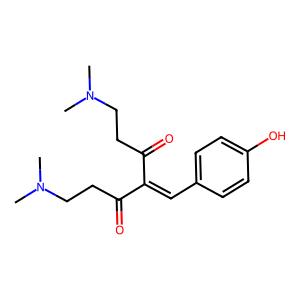
SMILES: CN(C)CCC(=O)C(=Cc1ccc(O)cc1)C(=O)CCN(C)C
Inhibits HIV replication: No